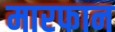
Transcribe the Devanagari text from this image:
मारफान